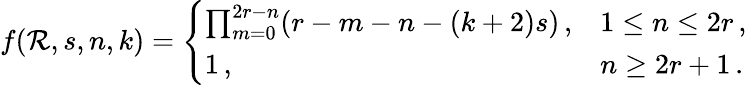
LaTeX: f(\mathcal{R},s,n,k)=\left\{ \begin{array}{ll}{{\prod_{m=0}^{2r-n}(r-m-n-(k+2)s)\, ,}}&{{1\leq n\leq 2r\, ,}}\\ {{1\, ,}}&{{n\geq 2r+1\, .}}\end{array}\right.